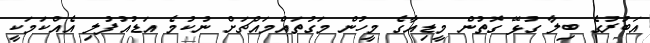
އަބުރުގެ ބިލާ ގުޅޭ ގޮތުން މީޑިއާގެ މީހުން މަގުތައްމައްޗަށް ނުކުމެ އަޑުއުފުލި އެއްކަމަކީ